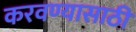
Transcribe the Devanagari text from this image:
करवण्यासाठी